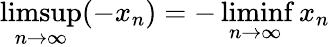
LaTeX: \operatorname*{limsup}_{n\to\infty}(-x_{n})=-\operatorname*{liminf}_{n\to\infty}x_{n}